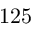
1 2 5